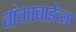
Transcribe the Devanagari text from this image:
गंगाबाईच्या